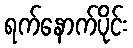
ရက်နောက်ပိုင်း